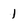
Character: 1